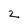
Character: 2